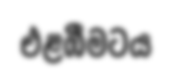
එළඹීමටය